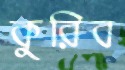
কুরিব